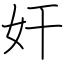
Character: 奸